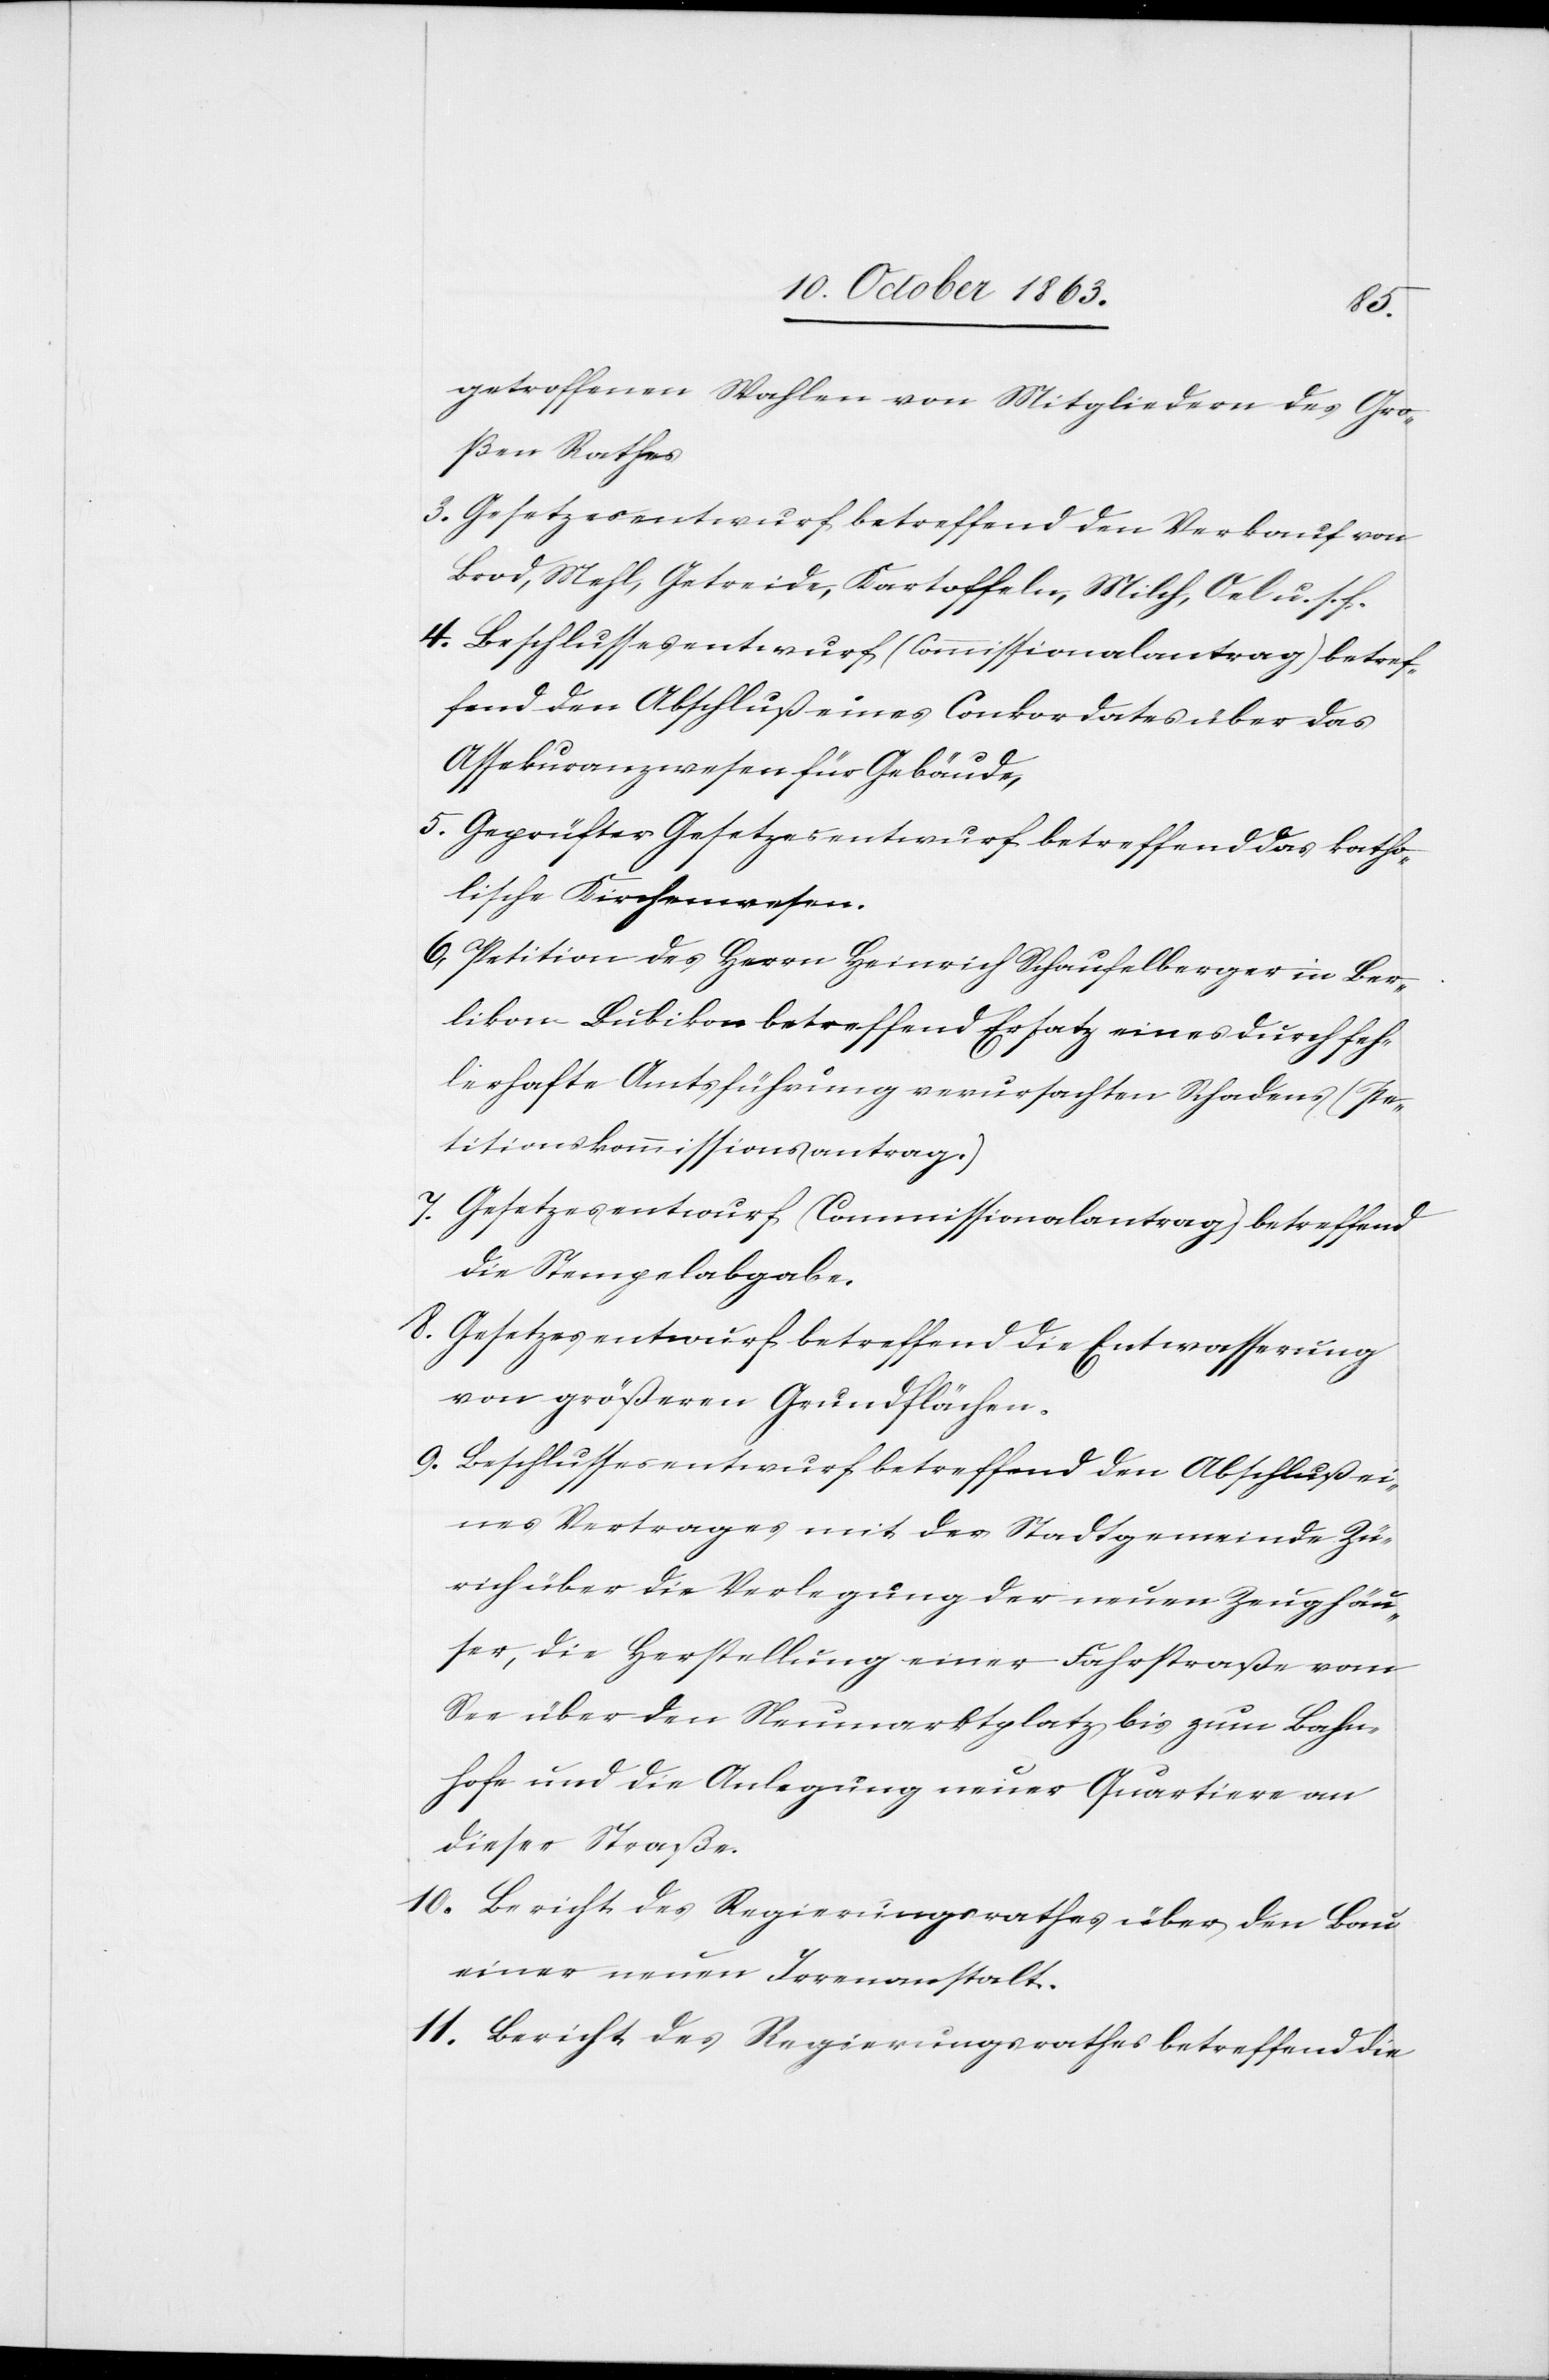
getroffenen Wahlen von Mitgliedern des Gro¬
ßen Rathes
3. Gesetzesentwurf betreffend den Verkauf von
Brod, Mehl, Getreide, Kartoffeln, Milch, Oel u. s. f.
4. Beschlussesentwurf (Commissionalantrag) betref¬
fend den Abschluß eines Conkordates über das
Assekuranzwesen für Gebäude,
5. Geprüfter Gesetzesentwurf betreffend das katho¬
lische Kirchenwesen.
6. Petition des Herrn Heinrich Schaufelberger in Ber¬
likon Bubikon betreffend Ersatz eines durch feh¬
lerhafte Amtsführung verursachten Schadens (Pe¬
titionskommissionsantrag.)
7. Gesetzesentwurf (Commissionalantrag) betreffend
die Stempelabgabe.
8. Gesetzesentwurf betreffend die Entwasserung
von größeren Grundflächen.
9. Beschlussesentwurf betreffend den Abschluß ei¬
nes Vertrages mit der Stadtgemeinde Zü¬
rich über die Verlegung der neuen Zeughäu¬
ser, die Herstellung einer Fahrstraße vom
See über den Neumarktplatz bis zum Bahn¬
hofe und die Anlegung neuer Quartiere an
dieser Straße.
10. Bericht des Regierungsrathes über den Bau
einer neuen Irrenanstalt.
11. Bericht des Regierungsrathes betreffend die